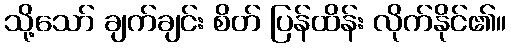
သို့သော် ချက်ချင်း စိတ် ပြန်ထိန်း လိုက်နိုင်၏။